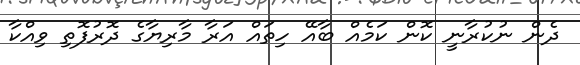
ދެން ނުކުރާނީ ކޮން ކަމެއް ބާއޭ ހިތައް އަރާ މާރިޔާގެ ދޮރުފޮތި ވިއްކާ